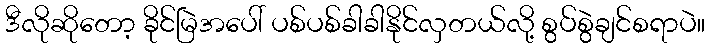
ဒီလိုဆိုတော့ ခိုင်မြဲအပေါ် ပစ်ပစ်ခါခါနိုင်လှတယ်လို့ စွပ်စွဲချင်စရာပဲ။